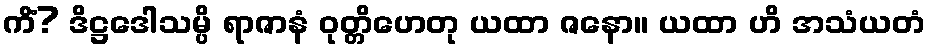
ကိံ? ဒိဋ္ဌဒေါသမ္ပိ ရာဇာနံ ဝုတ္တိဟေတု ယထာ ဇနော။ ယထာ ဟိ အသံယတံ